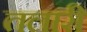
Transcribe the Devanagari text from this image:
तलारी